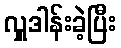
လှူဒါန်းခဲ့ပြီး